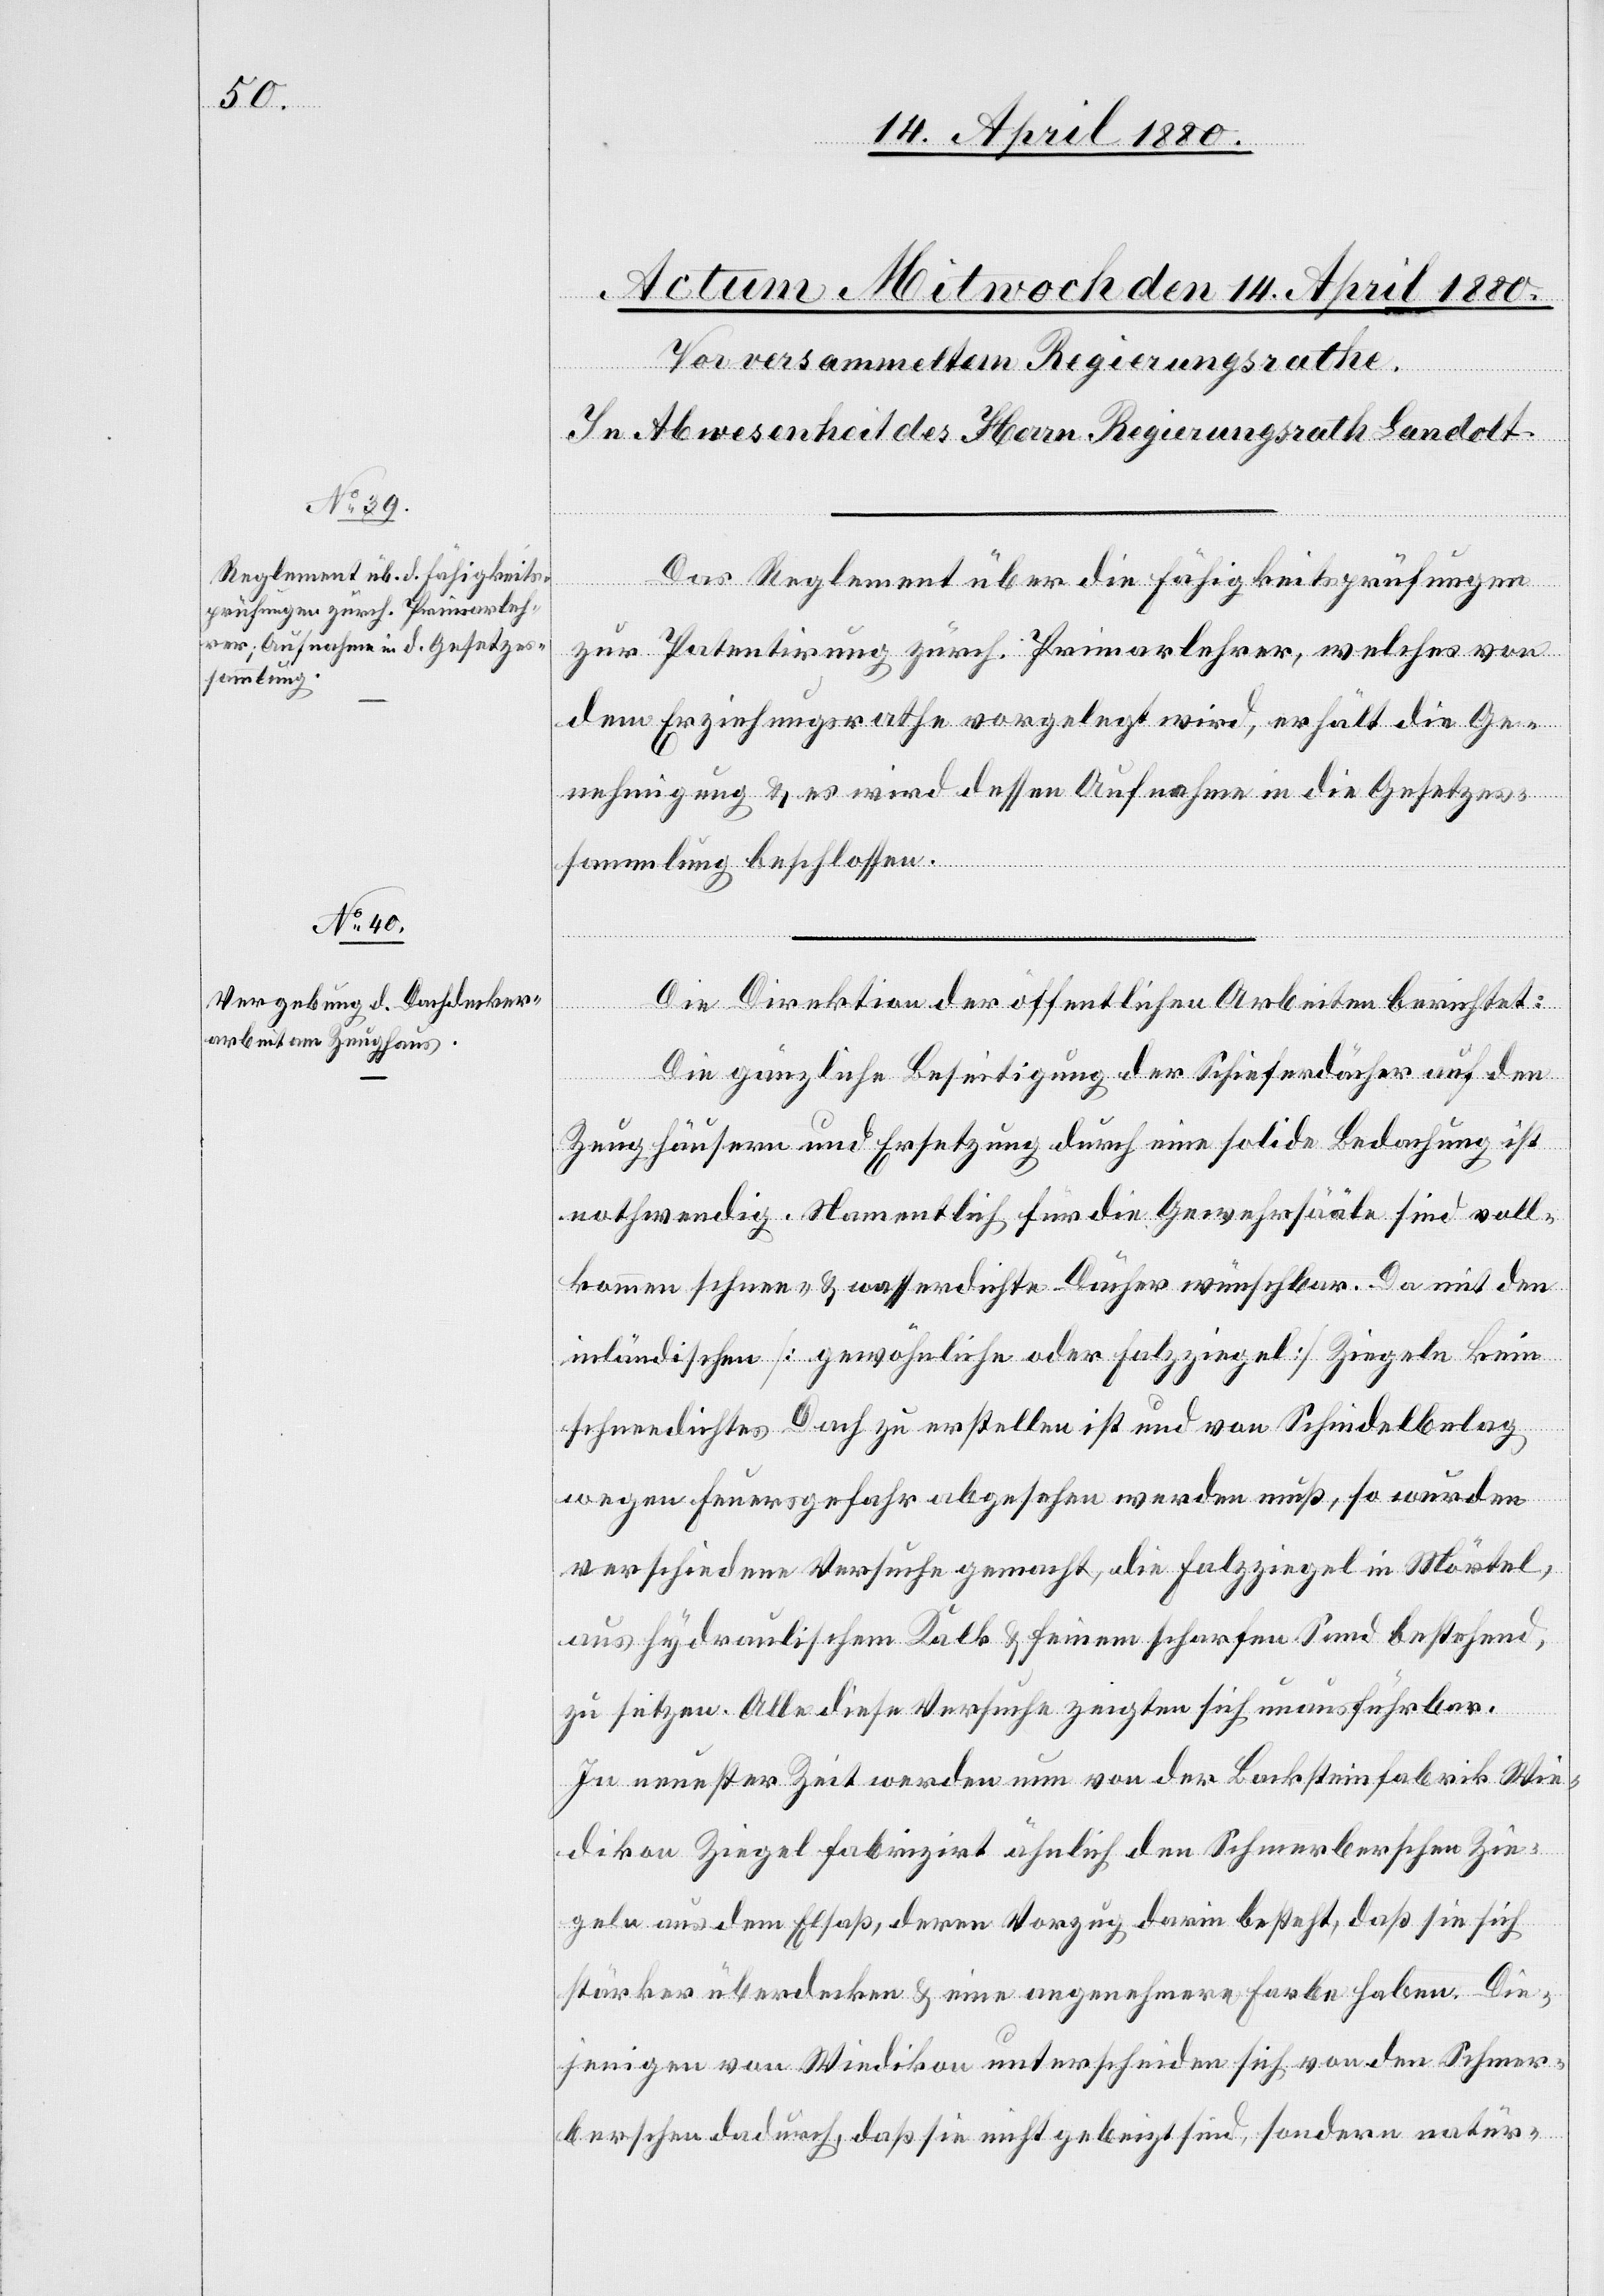
Das Reglement über die Fähigkeitsprüfungen
zur Patentirung zürch. Primarlehrer, welches von
dem Erziehungsrathe vorgelegt wird, erhält die Ge¬
nehmigung & es wird dessen Aufnahme in die Gesetzes¬
sammlung beschlossen.
Die Direktion der öffentlichen Arbeiten berichtet:
Die gänzliche Beseitigung der Schieferdächer auf den
Zeughäusern und Ersetzung durch eine solide Bedachung ist
nothwendig. Namentlich für die Gewehrsääle sind voll¬
kommen schnee- & wasserdichte Dächer wünschbar. Da mit den
inländischen [gewöhnlich oder Falzziegel] Ziegeln kein
schneedichtes Dach zu erstellen ist und von Schindelbelag
wegen Feuergefahr abgesehen werden muß, so wurden
verschiedene Versuche gemacht, die Falzziegel in Mörtel,
aus hydraulischem Kalk & feinem scharfen Sand bestehend,
zu setzen. Alle diese Versuche zeigten sich unausführbar.
In neuester Zeit werden nun von der Backsteinfabrik Wie¬
dikon Ziegel fabrizirt ähnlich den Schmerberschen Zie¬
geln aus dem Elsaß, deren Vorzug darin besteht, daß sie sich
stärker überdecken & eine angenehmere Farbe haben. Die¬
jenigen von Wiedikon unterscheiden sich von den Schmer¬
berschen dadurch, daß sie nicht gebeizt sind, sondern natür-